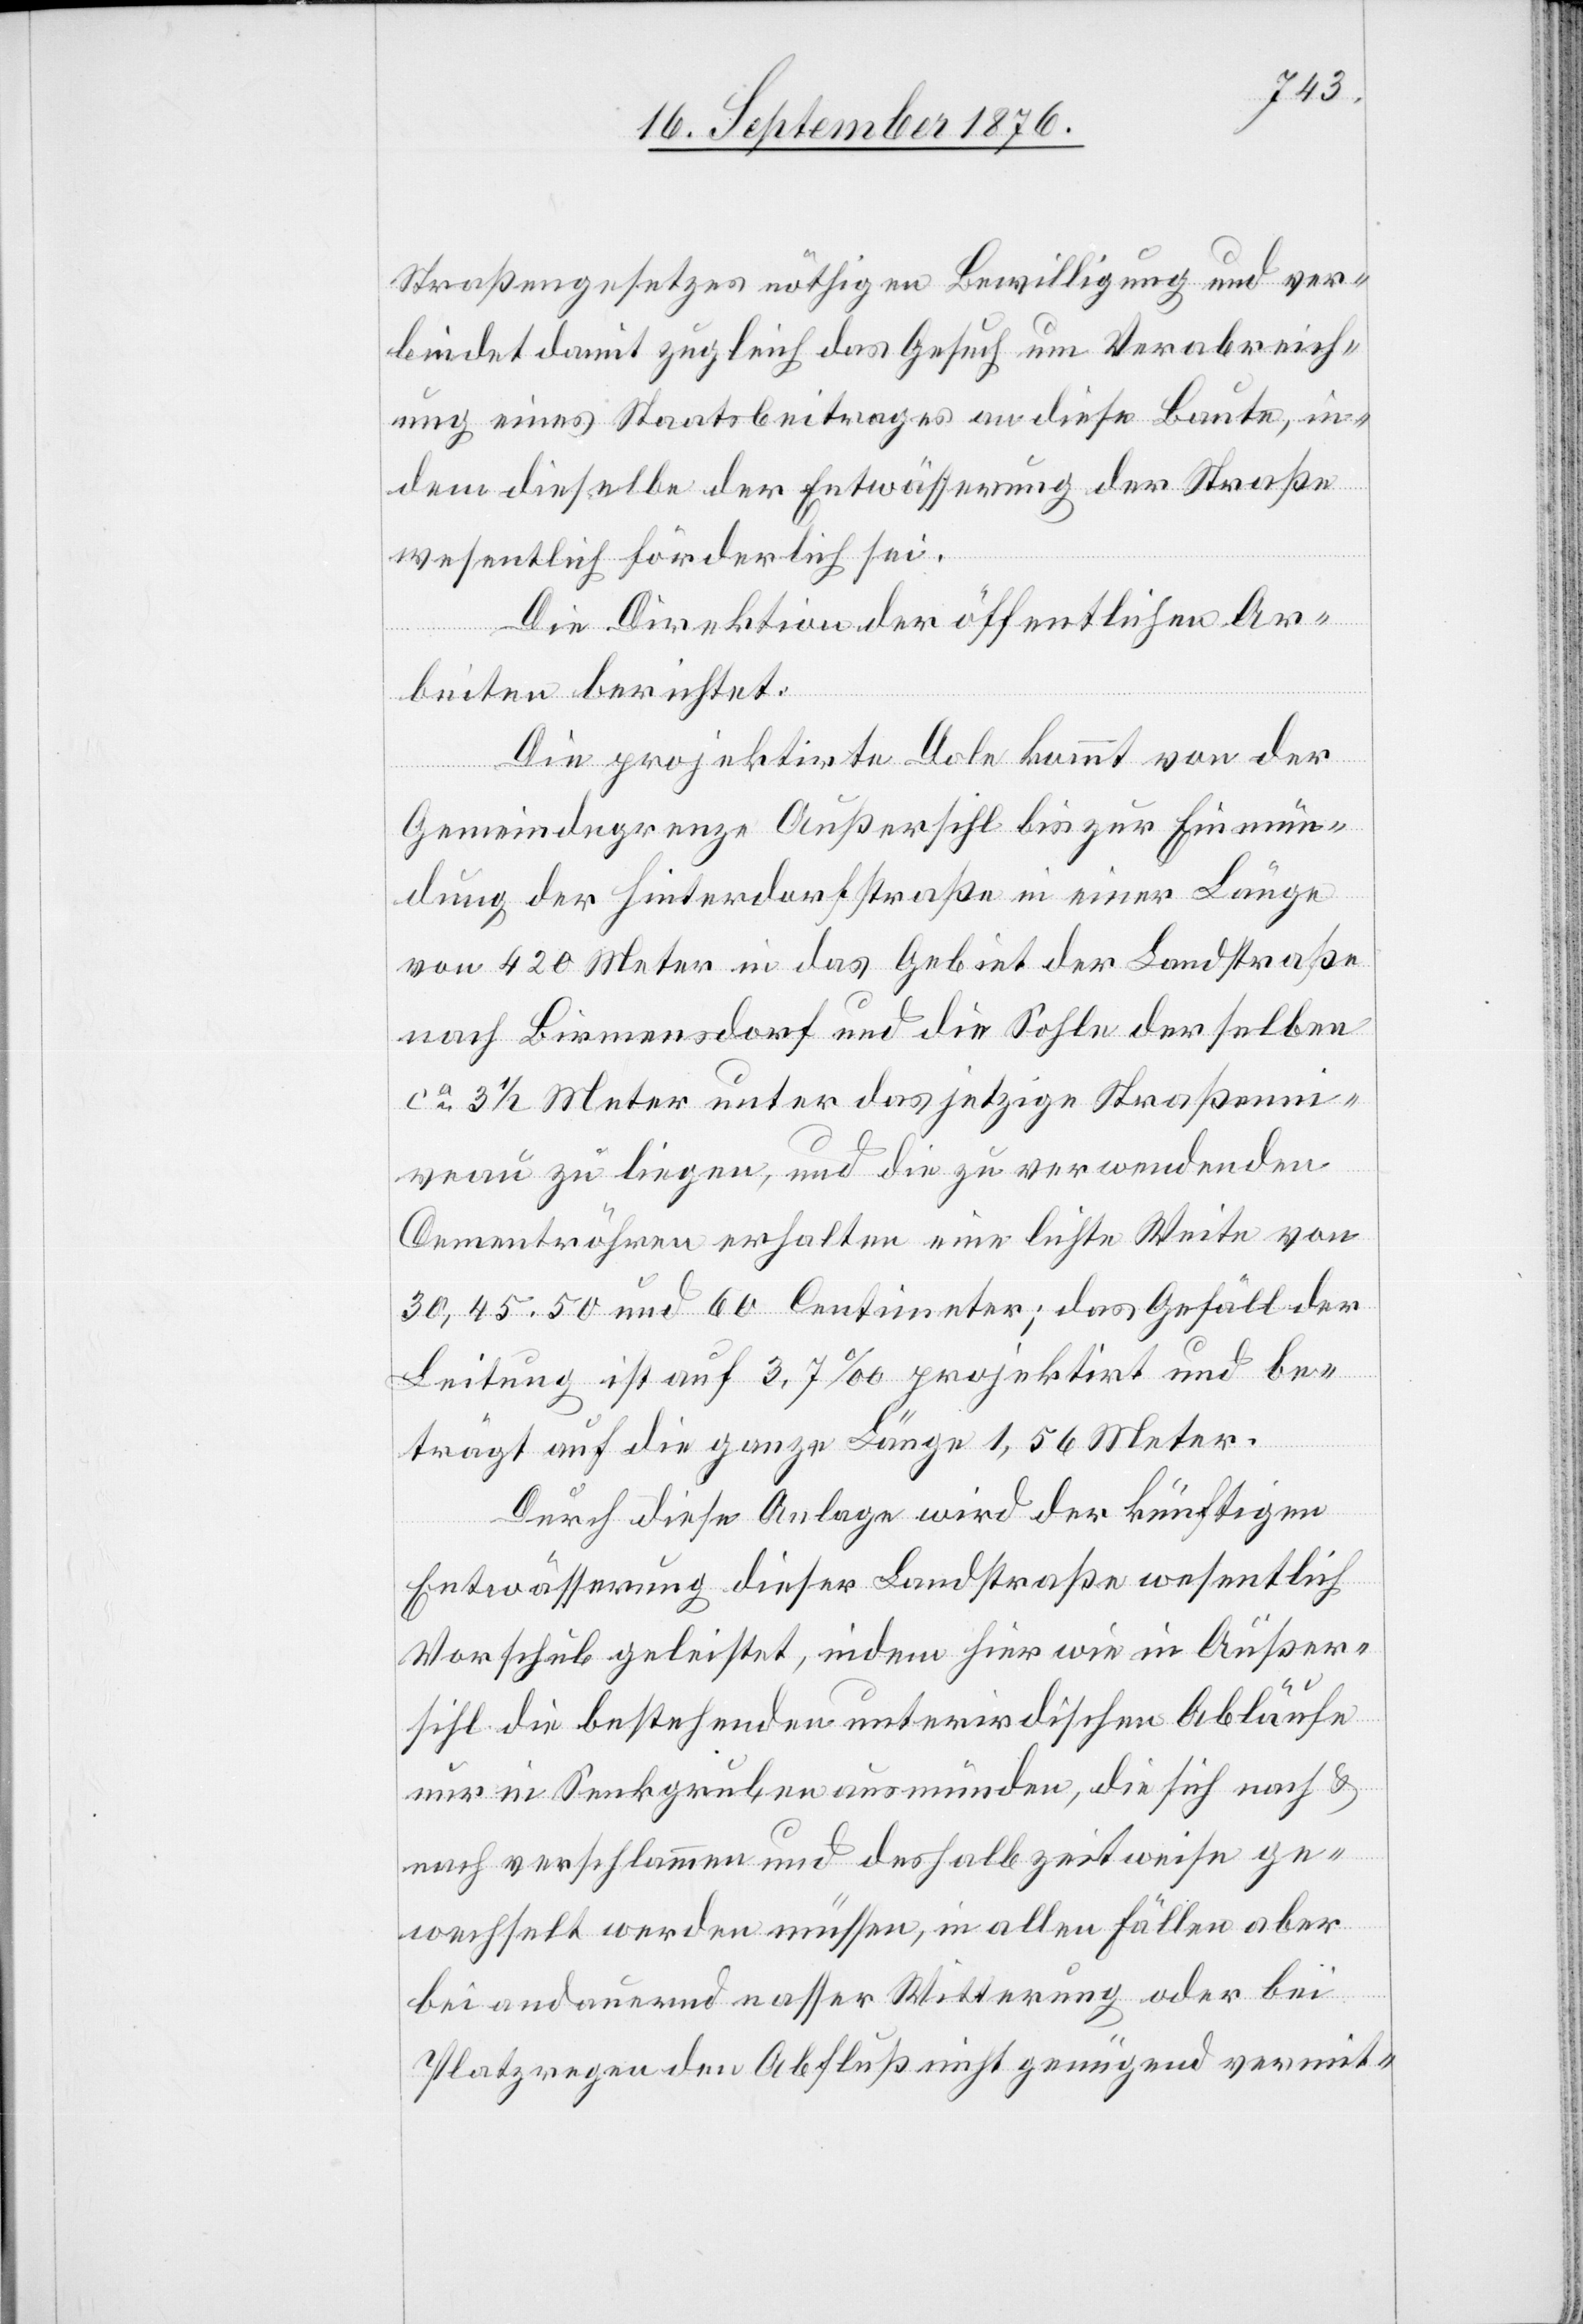
Straßengesetztes nöthigen Bewilligung und ver¬
bindet damit zugleich das Gesuch um Verabreich¬
ung eines Staatsbeitrages an diese Baute, in¬
dem dieselbe der Entwässerung der Straße
wesentlich förderlich sei.
Die Direktion der öffentlichen Ar¬
beiten berichtet:
Die projektirte Dole kommt von der
Gemeindegrenze Außersihl bis zur Einmün¬
dung der Hinterdorfstraße in einer Länge
von 420 Meter in das Gebiet der Landstraße
nach Birmensdorf und die Sohle derselben
ca 3 1/2 Meter unter das jetzige Straßenni¬
veau zu liegen, und die zu verwendenden
Cementröhren erhalten eine leichte Weite von
30,45 50 und 60 Centimeter; das Gefäll der
Leitung ist auf 3,7‰ projektirt und be¬
trägt auf die ganze Länge 1,56 Meter.
Durch diese Anlage wird der künftigen
Entwässerung dieser Landstraße wesentlich
Vorschub geleistet, indem hier wie in Außer¬
sihl die bestehenden unterirdischen Abläufe
nur in Senkgruben ausmünden, die sich nach &
nach verschlammen und deshalb zeitweise ge¬
wechselt werden müssen, in allen Fällen aber
bei andauernd nasser Witterung oder bei
Platzregen den Abfluß nicht genügend vermit-